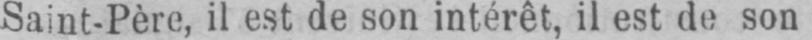
Saint-Père, il est de son intérêt, il est de son